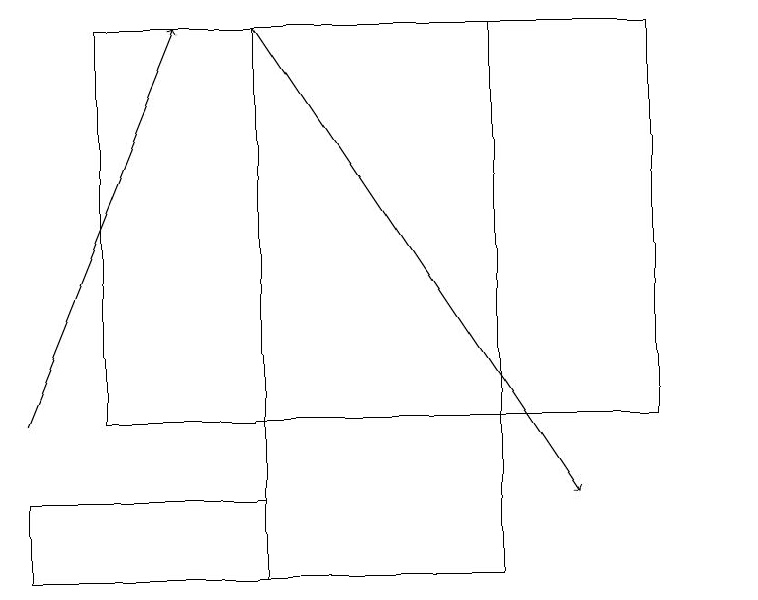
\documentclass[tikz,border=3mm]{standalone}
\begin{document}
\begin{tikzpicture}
\draw (4,13) rectangle (1,12);
\draw (10,12) circle (0);
\draw (9,19) rectangle (2,14);
\draw[->] (4,19) -- (8,13);
\draw[->] (1,14) -- (3,19);
\draw (7,19) rectangle (4,12);
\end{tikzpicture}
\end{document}